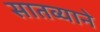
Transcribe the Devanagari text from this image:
सातव्याने